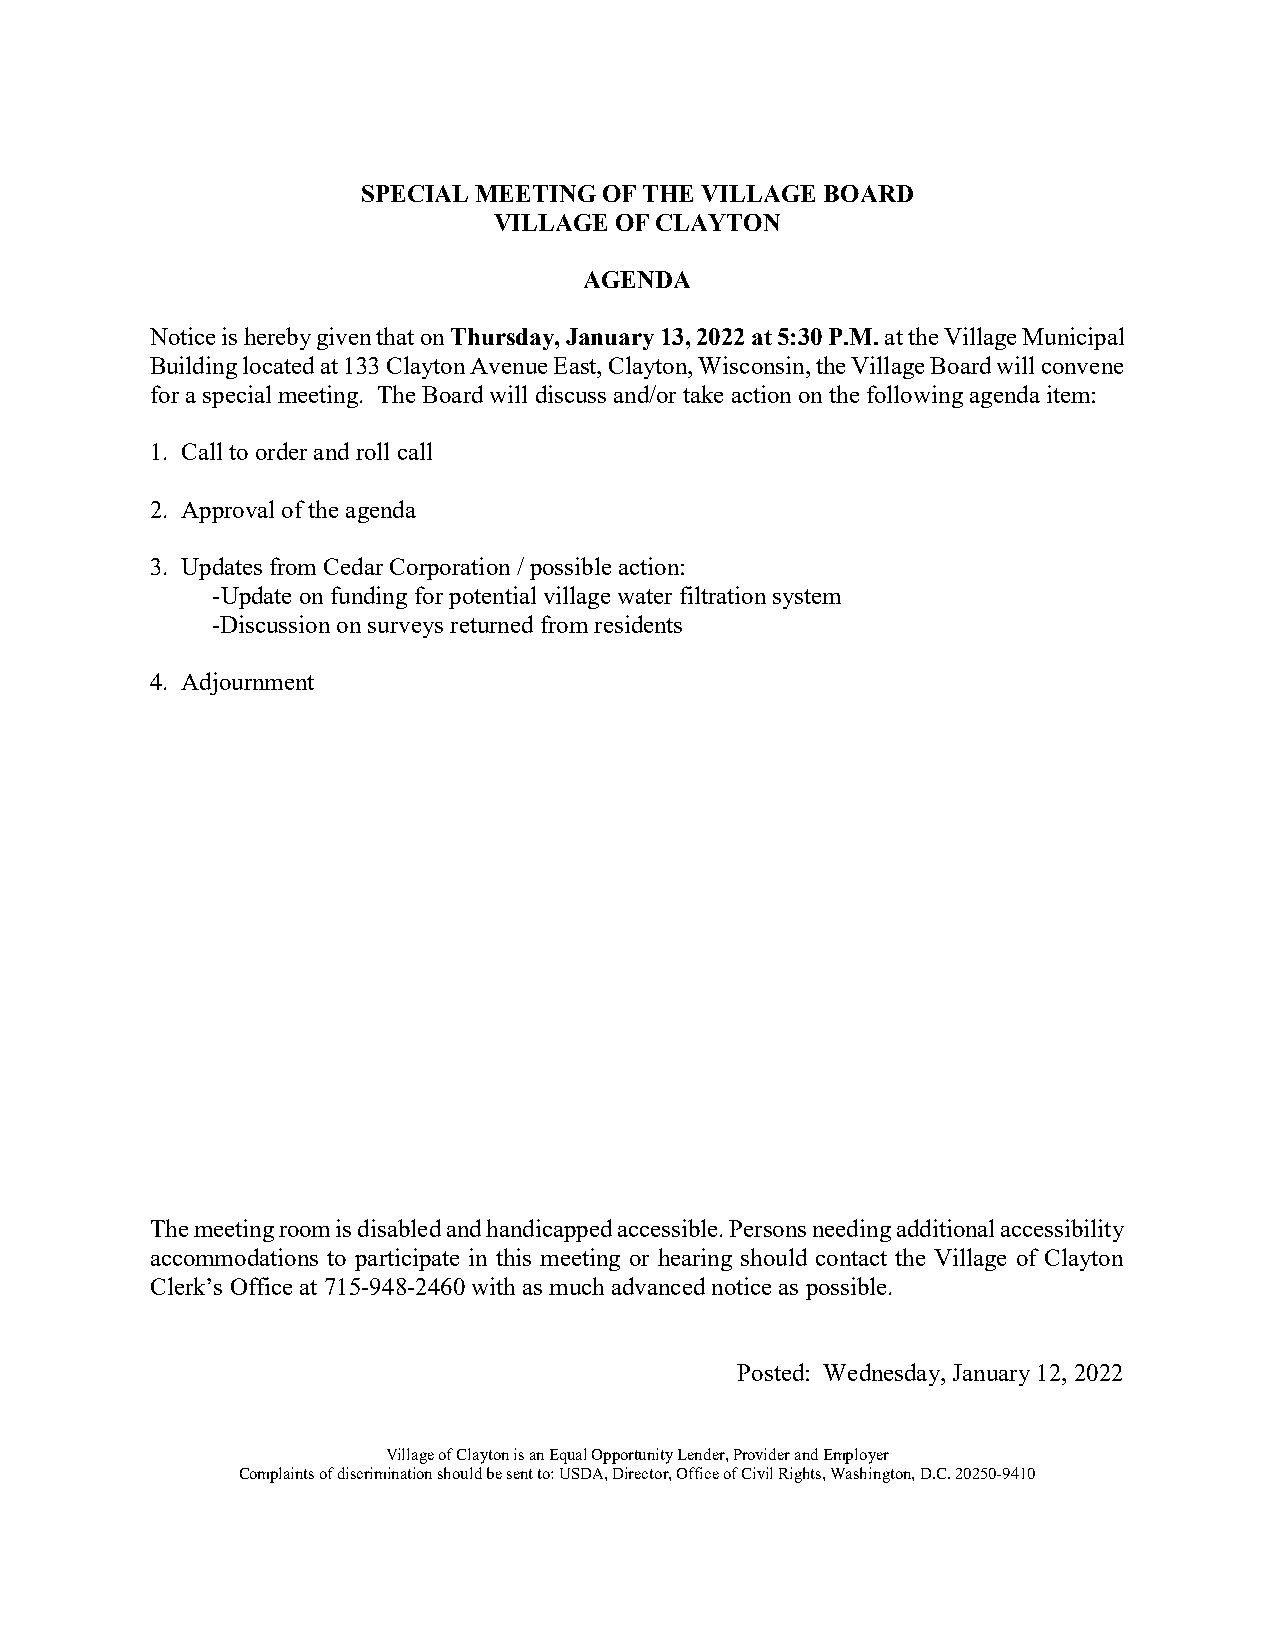
SPECIAL MEETING OF THE VILLAGE BOARD
 VILLAGE OF CLAYTON
 AGENDA
 Notice is hereby given that on Thursday, January 13, 2022 at 5:30 P.M. at the Village Municipal
 Building located at 133 Clayton Avenue East, Clayton, Wisconsin, the Village Board will convene
 for a special meeting. The Board will discuss and/or take action on the following agenda item:
 1. Call to order and roll call
 2. Approval of the agenda
 3. Updates from Cedar Corporation / possible action:
 -Update on funding for potential village water filtration system
 -Discussion on surveys returned from residents
 4. Adjournment
 The meeting room is disabled and handicapped accessible. Persons needing additional accessibility
 accommodations to participate in this meeting or hearing should contact the Village of Clayton
 Clerk’s Office at 715-948-2460 with as much advanced notice as possible.
 Posted: Wednesday, January 12, 2022
 Village of Clayton is an Equal Opportunity Lender, Provider and Employer
 Complaints of discrimination should be sent to: USDA, Director, Office of Civil Rights, Washington, D.C. 20250-9410